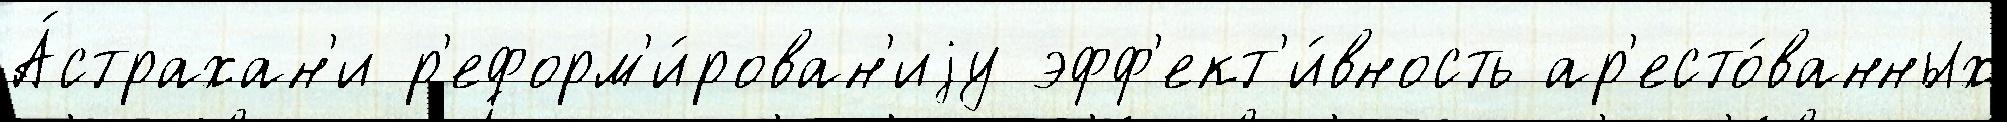
А́страхан'и р'еформ'и́рован'иjу эфф'ект'и́вность ар'есто́ванных